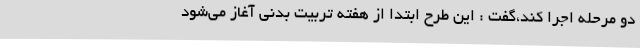
دو مرحله اجرا کند،گفت : این طرح ابتدا از هفته تربیت بدنی آغاز می‌شود